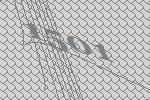
1501